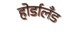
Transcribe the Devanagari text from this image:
होर्डालँड